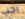
يجب